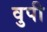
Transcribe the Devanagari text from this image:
वुपी